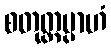
စတုတ္ထမ္ပာဟံ